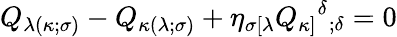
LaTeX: Q_{\lambda(\kappa;\sigma)}-Q_{\kappa(\lambda;\sigma)}+\eta_{\sigma[\lambda}Q_{\kappa]}{^\delta}_{;\delta}=0